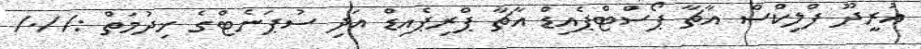
އުރީދޫ ފްލިކްސް އާޗާ ޕޯސްޓްޕެއިޑް އާޗާ ޕްރިޕެއިޑް އަދި ސުޕަނެޓްގެ ޚިދުމަތް ://./